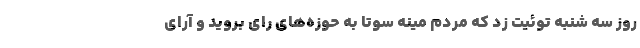
روز سه شنبه توئیت زد که مردم مینه سوتا به حوزه‌های رای بروید و آرای